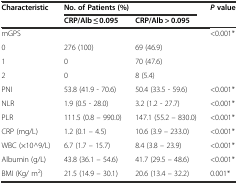
| <ROWSPAN=2> Characteristic | <COLSPAN=2> No. of Patients (%) | Pvalue |
 | CRP/Alb ≤ 0.095 | CRP/Alb > 0.095 |  |
 | --- | --- | --- | --- |
 | mGPS |  |  | <0.001* |
 | 0 | 276 (100) | 69 (46.9) |  |
 | 1 | 0 | 70 (47.6) |  |
 | 2 | 0 | 8 (5.4) |  |
 | PNI | 53.8 (41.9 - 70.6) | 50.4 (33.5 - 59.6) | <0.001* |
 | NLR | 1.9 (0.5 - 28.0) | 3.2 (1.2 - 27.7) | <0.001* |
 | PLR | 111.5 (0.8 – 990.0) | 147.1 (55.2 – 830.0) | <0.001* |
 | CRP (mg/L) | 1.2 (0.1 – 4.5) | 10.6 (3.9 – 233.0) | <0.001* |
 | WBC (×10^9/L) | 6.7 (1.7 – 15.7) | 8.4 (3.8 – 23.9) | <0.001* |
 | Albumin (g/L) | 43.8 (36.1 – 54.6) | 41.7 (29.5 – 48.6) | <0.001* |
 | BMI (Kg/ m2) | 21.5 (14.9 – 30.1) | 20.6 (13.4 – 32.2) | 0.001* |